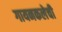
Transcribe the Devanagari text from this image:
गायनकलेची